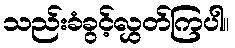
သည်းခံခွင့်လွှတ်ကြပါ။